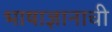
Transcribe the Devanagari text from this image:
भाषाज्ञानाची